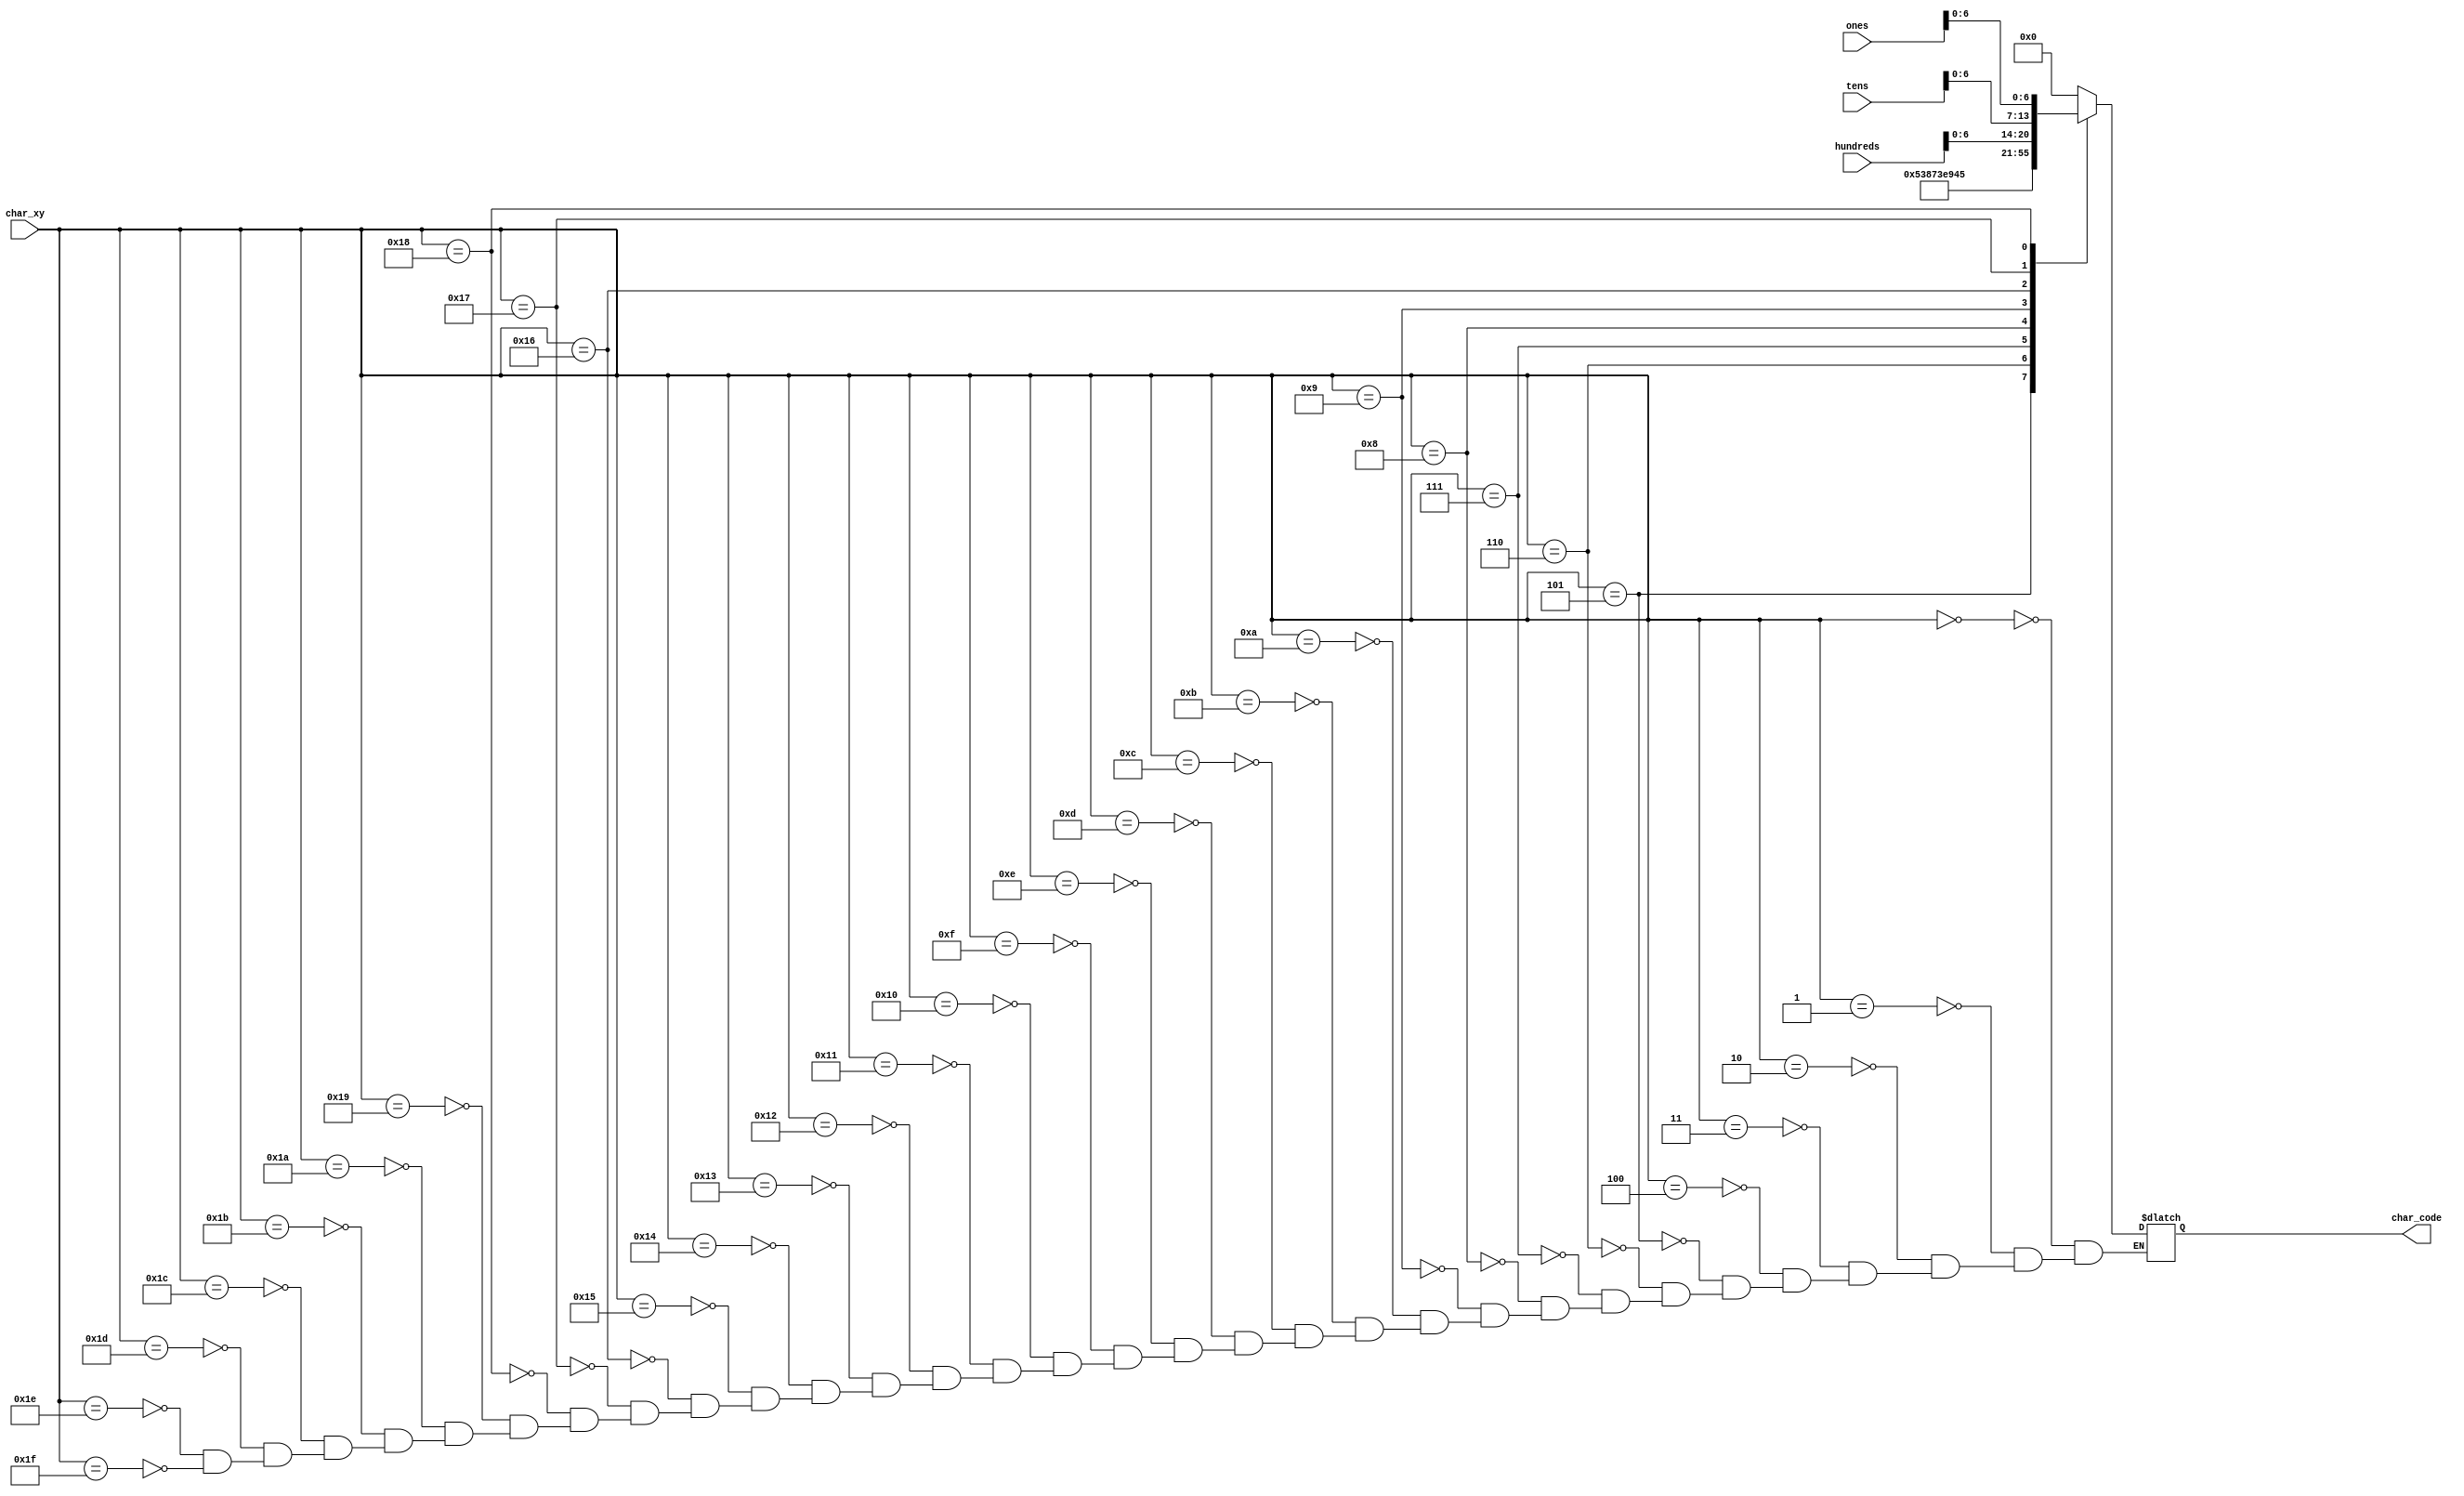
`timescale 1ns / 1ps
//////////////////////////////////////////////////////////////////////////////////
// Company: 
// Engineer: 
// 
// Design Name: 
// Module Name: char_rom_16x16
// Project Name: 
// Target Devices: 
// Tool Versions: 
// Description: 
// 
// Dependencies: 
// 
// Revision:
// Revision 0.01 - File Created
// Additional Comments:
// 
//////////////////////////////////////////////////////////////////////////////////

module char_score(
    input wire [7:0] char_xy,
    input wire [7:0] ones,
    input wire [7:0] tens,
    input wire [7:0] hundreds,
    
    output reg [6:0] char_code
    );
        
  reg [7:0] code_data;
    always @*   begin
        char_code = code_data[6:0];
    end
    always @*   begin
        case (char_xy)
            //line 0             
            8'h00: code_data = 8'h00;   
            8'h01: code_data = 8'h00;    
            8'h02: code_data = 8'h00;   
            8'h03: code_data = 8'h00;    
            8'h04: code_data = 8'h00;    
            8'h05: code_data = "S";   
            8'h06: code_data = "C";    
            8'h07: code_data = "O";   
            8'h08: code_data = "R";   
            8'h09: code_data = "E";      
            8'h0a: code_data = 8'h00;    
            8'h0b: code_data = 8'h00;    
            8'h0c: code_data = 8'h00;    
            8'h0d: code_data = 8'h00;    
            8'h0e: code_data = 8'h00;    
            8'h0f: code_data = 8'h00;    
                            
            //line 1                 
            8'h10: code_data = 8'h00;     
            8'h11: code_data = 8'h00;     
            8'h12: code_data = 8'h00;    
            8'h13: code_data = 8'h00;   
            8'h14: code_data = 8'h00;  
            8'h15: code_data = 8'h00;    
            8'h16: code_data = hundreds;  
            8'h17: code_data = tens;  
            8'h18: code_data = ones;  
            8'h19: code_data = 8'h00;      
            8'h1a: code_data = 8'h00;   
            8'h1b: code_data = 8'h00;    
            8'h1c: code_data = 8'h00;   
            8'h1d: code_data = 8'h00;   
            8'h1e: code_data = 8'h00;   
            8'h1f: code_data = 8'h00;   
                         
        endcase
    end            
endmodule